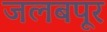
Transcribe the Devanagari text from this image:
जलबपूर